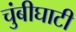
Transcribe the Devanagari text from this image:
चुंबीघाटी